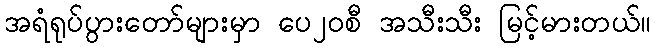
အရံရုပ်ပွားတော်များမှာ ပေ၂၀စီ အသီးသီး မြင့်မားတယ်။